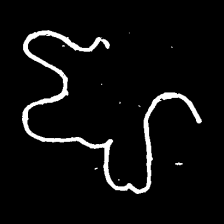
Pyu character \u2014 Myanmar letter: ဈ (romanized: jha)